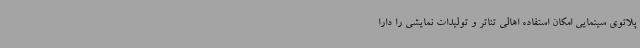
پلاتوی سینمایی امکان استفاده اهالی تئاتر و تولیدات نمایشی را دارا